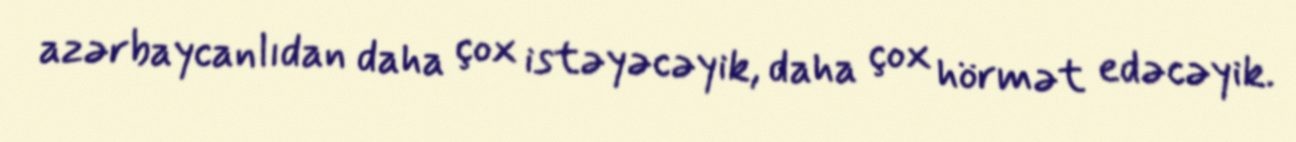
azərbaycanlıdan daha çox istəyəcəyik, daha çox hörmət edəcəyik.